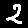
Digit: 2